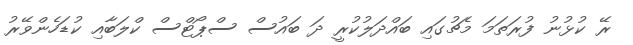
ރޭ ކުޅުނު ފުރަތަމަ މެޗުގައި ބައްދަލުކުރީ ދަ ބައުސް ސްޕޯޓްސް ކްލަބާއި ކުޑަހެންވޭރު